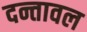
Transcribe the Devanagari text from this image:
दन्तावल